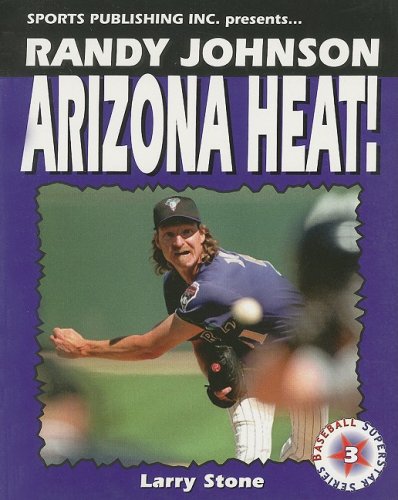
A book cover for Randy Johnson, Arizona Heat! (Baseball Superstar); Larry Stone; Teen & Young Adult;